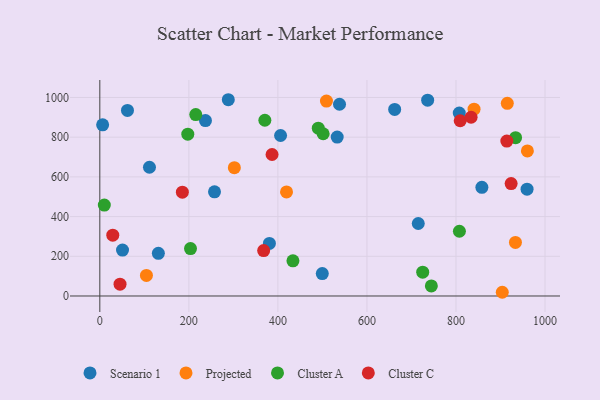
{"axis": {"x": "Study Hours", "y": "Fuel Efficiency"}, "legend": ["Cluster A", "Cluster C", "Projected", "Scenario 1"], "data": [{"x": "62.1", "y": 935.0, "type": "Scenario 1"}, {"x": "959.7", "y": 538.1, "type": "Scenario 1"}, {"x": "288.6", "y": 988.7, "type": "Scenario 1"}, {"x": "533.2", "y": 800.6, "type": "Scenario 1"}, {"x": "111.5", "y": 648.5, "type": "Scenario 1"}, {"x": "406.0", "y": 808.5, "type": "Scenario 1"}, {"x": "736.4", "y": 986.2, "type": "Scenario 1"}, {"x": "662.3", "y": 939.9, "type": "Scenario 1"}, {"x": "257.6", "y": 524.6, "type": "Scenario 1"}, {"x": "858.2", "y": 547.4, "type": "Scenario 1"}, {"x": "131.5", "y": 214.8, "type": "Scenario 1"}, {"x": "538.4", "y": 965.9, "type": "Scenario 1"}, {"x": "715.3", "y": 365.2, "type": "Scenario 1"}, {"x": "51.0", "y": 231.1, "type": "Scenario 1"}, {"x": "380.9", "y": 264.8, "type": "Scenario 1"}, {"x": "237.3", "y": 883.8, "type": "Scenario 1"}, {"x": "807.4", "y": 921.2, "type": "Scenario 1"}, {"x": "6.3", "y": 862.3, "type": "Scenario 1"}, {"x": "499.7", "y": 113.0, "type": "Scenario 1"}, {"x": "509.1", "y": 981.8, "type": "Projected"}, {"x": "104.7", "y": 103.8, "type": "Projected"}, {"x": "302.2", "y": 646.4, "type": "Projected"}, {"x": "419.4", "y": 524.0, "type": "Projected"}, {"x": "904.0", "y": 18.7, "type": "Projected"}, {"x": "960.4", "y": 731.0, "type": "Projected"}, {"x": "840.6", "y": 941.0, "type": "Projected"}, {"x": "933.6", "y": 269.9, "type": "Projected"}, {"x": "915.3", "y": 970.7, "type": "Projected"}, {"x": "370.7", "y": 885.3, "type": "Cluster A"}, {"x": "725.3", "y": 120.2, "type": "Cluster A"}, {"x": "203.7", "y": 239.0, "type": "Cluster A"}, {"x": "215.5", "y": 913.9, "type": "Cluster A"}, {"x": "490.7", "y": 845.4, "type": "Cluster A"}, {"x": "933.9", "y": 797.5, "type": "Cluster A"}, {"x": "807.7", "y": 326.0, "type": "Cluster A"}, {"x": "433.8", "y": 176.9, "type": "Cluster A"}, {"x": "744.7", "y": 50.6, "type": "Cluster A"}, {"x": "10.1", "y": 457.9, "type": "Cluster A"}, {"x": "197.6", "y": 815.3, "type": "Cluster A"}, {"x": "501.7", "y": 817.3, "type": "Cluster A"}, {"x": "386.9", "y": 712.7, "type": "Cluster C"}, {"x": "45.4", "y": 59.4, "type": "Cluster C"}, {"x": "185.4", "y": 523.2, "type": "Cluster C"}, {"x": "809.5", "y": 882.7, "type": "Cluster C"}, {"x": "914.2", "y": 780.2, "type": "Cluster C"}, {"x": "29.1", "y": 306.3, "type": "Cluster C"}, {"x": "923.9", "y": 566.4, "type": "Cluster C"}, {"x": "368.0", "y": 228.6, "type": "Cluster C"}, {"x": "834.0", "y": 900.4, "type": "Cluster C"}]}